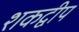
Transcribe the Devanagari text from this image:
शकद्वीप